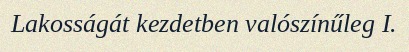
Lakosságát kezdetben valószínűleg I.